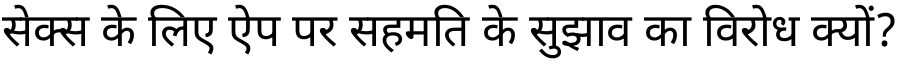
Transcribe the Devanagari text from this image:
सेक्स के लिए ऐप पर सहमति के सुझाव का विरोध क्यों?